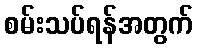
စမ်းသပ်ရန်အတွက်